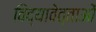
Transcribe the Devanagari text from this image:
विद्यावेत्ताओं